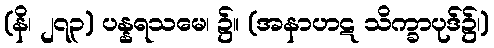
(နိ၊ ၂၇၃) ပန္နရသမေ၊ ၌။ (အနာဟဋ သိက္ခာပုဒ်၌၊)